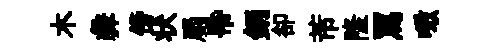
木彜傍状罽帋鈵卻芾隆罵噉